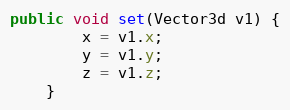
Language: Java
public void set(Vector3d v1) {
        x = v1.x;
        y = v1.y;
        z = v1.z;
    }